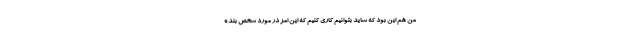
من هم این بود که شاید بتوانیم کاری کنیم که این امر در مورد شخص بنده